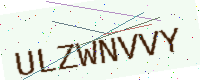
Text: ULZWNVVY